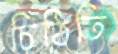
চিঠিতি